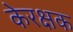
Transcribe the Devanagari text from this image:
केरक्षक